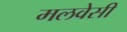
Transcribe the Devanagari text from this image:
मलवेसी